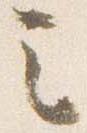
之